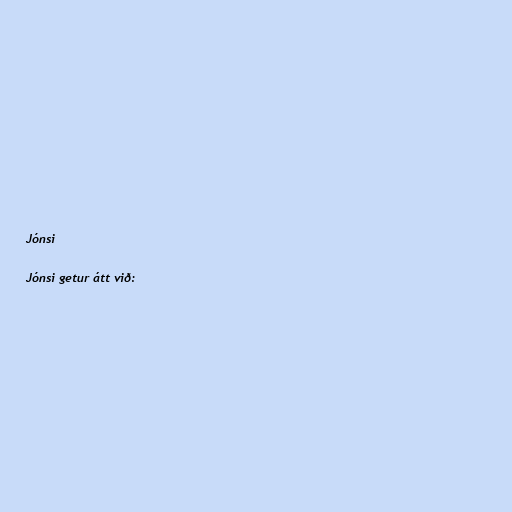
Jónsi

Jónsi getur átt við: